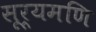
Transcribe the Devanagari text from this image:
सूर्यमणि